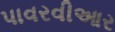
પાવરવીઆર